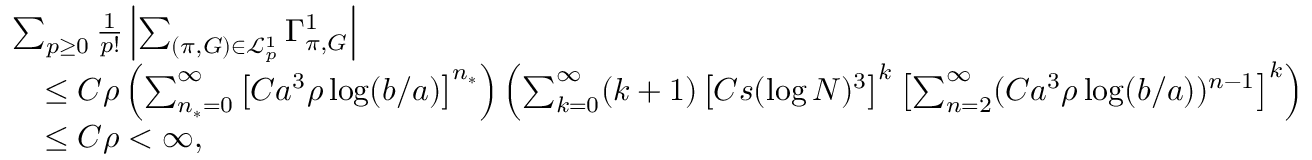
\begin{array} { r l } & { \sum _ { p \geq 0 } \frac { 1 } { p ! } \left\vert \sum _ { ( \pi , G ) \in \mathcal { L } _ { p } ^ { 1 } } \Gamma _ { \pi , G } ^ { 1 } \right\vert } \\ & { \quad \leq C \rho \left( \sum _ { n _ { * } = 0 } ^ { \infty } \left[ C a ^ { 3 } \rho \log ( b / a ) \right] ^ { n _ { * } } \right) \left( \sum _ { k = 0 } ^ { \infty } ( k + 1 ) \left[ C s ( \log N ) ^ { 3 } \right] ^ { k } \left[ \sum _ { n = 2 } ^ { \infty } ( C a ^ { 3 } \rho \log ( b / a ) ) ^ { n - 1 } \right] ^ { k } \right) } \\ & { \quad \leq C \rho < \infty , } \end{array}